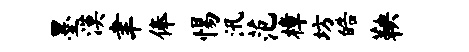
墨漠聿俸惕汛范樟坊皓鞅